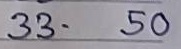
33 - 50